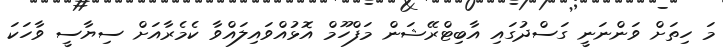
މަ ހިތަށް ވަންނަނީ ގަސްދުގައި އާބިޓްރޭޝަން މަފްހޫމް އޮޅުއްވައިލައްވާ ކެމެރާއަށް ސިޔާސީ ވާހަކަ